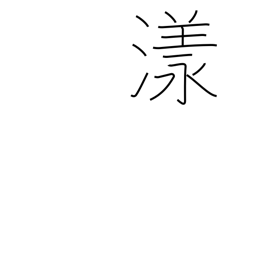
Meaning: drift